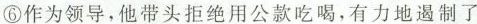
⑥作为领导，他带头拒绝用公款吃喝，有力地遏制了